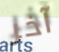
آخر